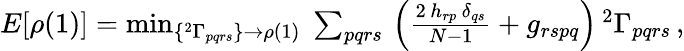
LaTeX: \begin{array}{r}{E[\rho(1)]=\operatorname*{min}_{\{ {^{2}\Gamma_{pqrs}}\} \to\rho(1)}\; \sum_{pqrs}\, \left(\frac{2\, h_{rp}\, \delta_{qs}}{N-1}+g_{rspq}\right)\, {^{2}\Gamma_{pqrs}}\, ,}\end{array}